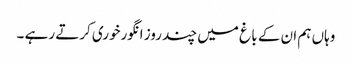
وہاں ہم ان کے با غ میں چند روز انگورخوری کرتے رہے ۔